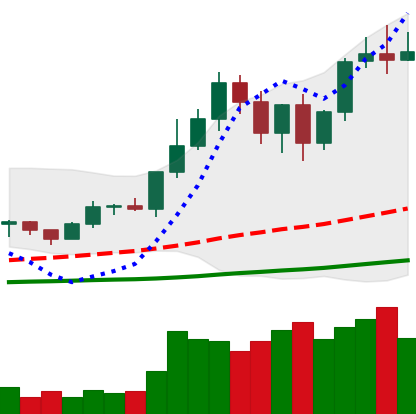
Ticker: LTC-USD
Chart end date: 2020-12-28
Forward return: 5.301%
Label: up_5_7